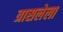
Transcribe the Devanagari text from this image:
त्रासलेला